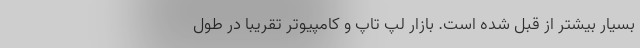
بسیار بیشتر از قبل شده است. بازار لپ تاپ و کامپیوتر تقریبا در طول